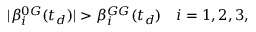
| \beta _ { i } ^ { 0 G } ( t _ { d } ) | > \beta _ { i } ^ { G G } ( t _ { d } ) \ \ \ i = 1 , 2 , 3 ,